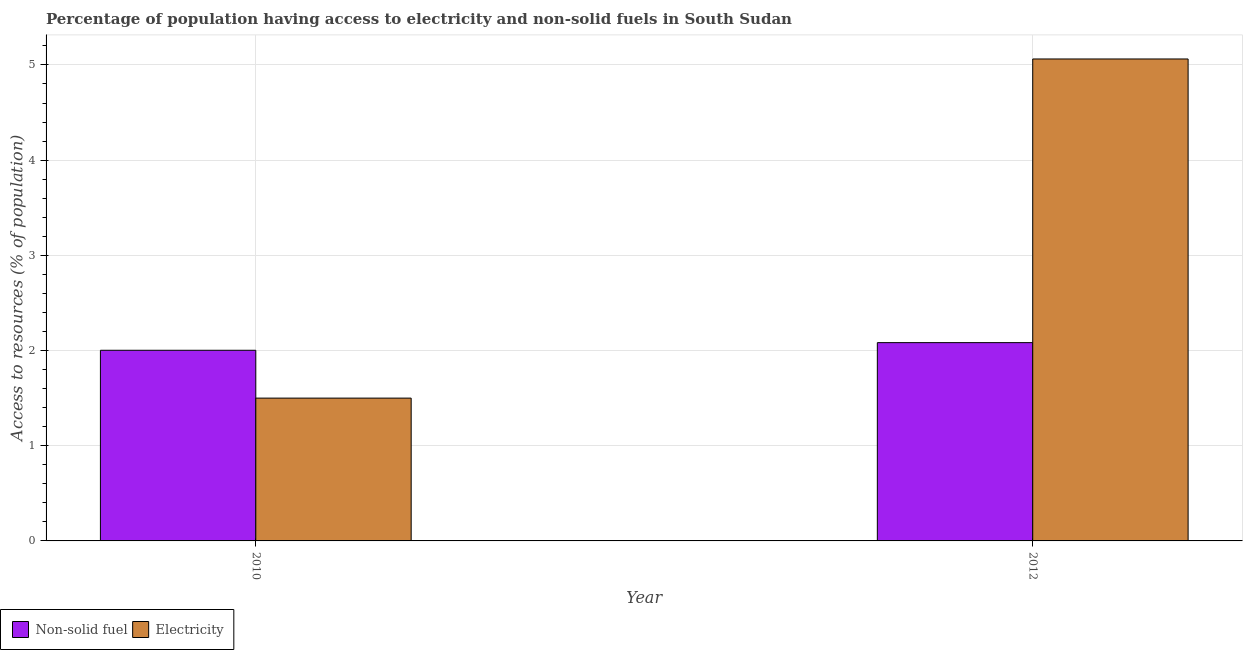
| Year | Non-solid fuel | Electricity |
 | --- | --- | --- |
 | 2010 | 2 | 1.5 |
 | 2012 | 2.08 | 5.06 |